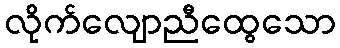
လိုက်လျောညီထွေသော